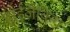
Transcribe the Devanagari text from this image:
हाईजैकिंग